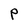
Character: P